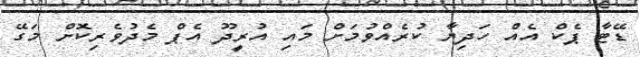
ޑޭޓާ ޕެކް އެއް ހަދިޔާ ކުރެއްވުމަށް މައި އުރީދޫ އެޕް މެދުވެރިކޮށް މަގޭ